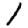
Digit: 1